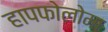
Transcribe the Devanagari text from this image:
हापफोलोमा